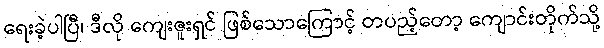
ရေးခဲ့ပါပြီ၊ ဒီလို ကျေးဇူးရှင် ဖြစ်သောကြောင့် တပည့်တော့ ကျောင်းတိုက်သို့